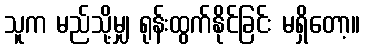
သူက မည်သို့မျှ ရုန်းထွက်နိုင်ခြင်း မရှိတော့။